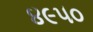
૪૯૫૦